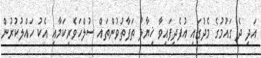
އަދި ދެ ގައުމުގެ މެދުގައި އުފެދިފައިވާ ޚިޔާލު ތަފާތުވުންތައް ސުލްހަވެރިކަމާއި އެކު ހައްލުކުރުން